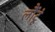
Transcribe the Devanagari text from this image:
लौंटूं